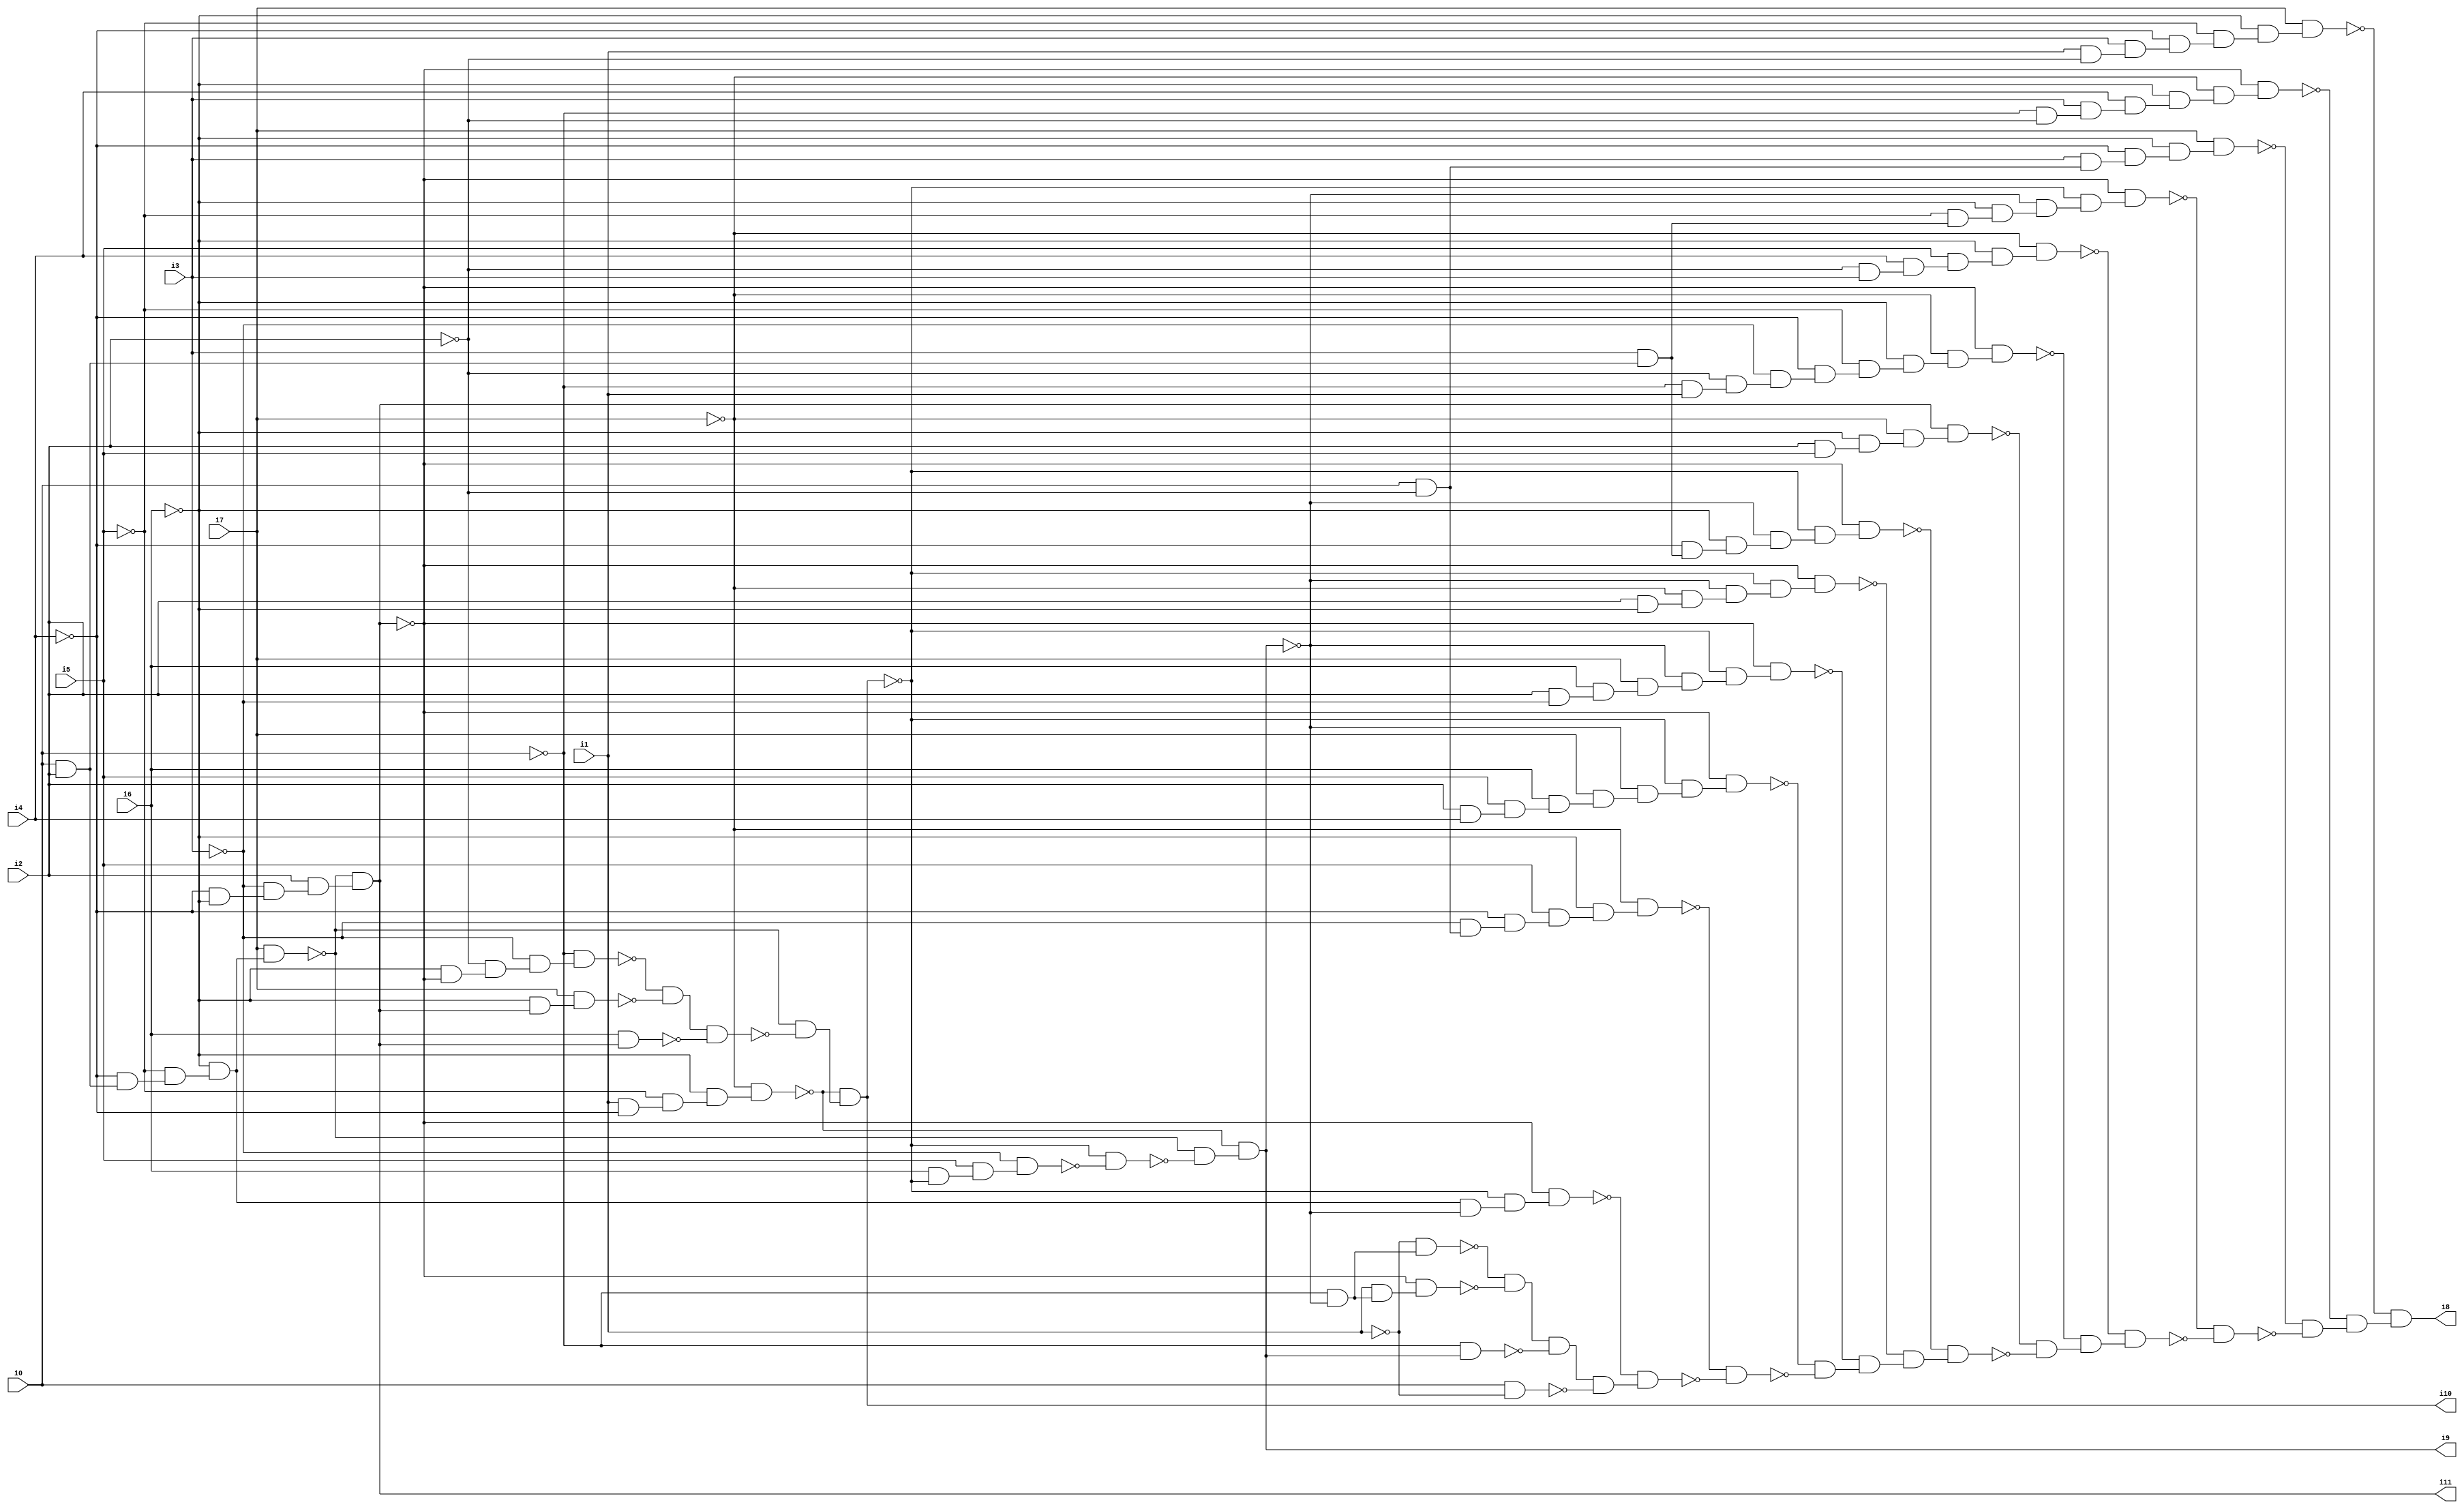
// Benchmark "SKOLEMFORMULA" written by ABC on Mon May  4 05:28:35 2020

module SKOLEMFORMULA ( 
    i0, i1, i2, i3, i4, i5, i6, i7,
    i8, i9, i10, i11  );
  input  i0, i1, i2, i3, i4, i5, i6, i7;
  output i8, i9, i10, i11;
  wire n13, n14, n15, n16, n17, n18, n19, n20, n22, n23, n24, n25, n26, n27,
    n28, n29, n30, n31, n32, n33, n34, n35, n37, n38, n39, n40, n41, n43,
    n44, n45, n46, n47, n48, n49, n50, n51, n52, n53, n54, n55, n56, n57,
    n58, n59, n60, n61, n62, n63, n64, n65, n66, n67, n68, n69, n70, n71,
    n72, n73, n74, n75, n76, n77, n78, n79, n80, n81, n82, n83, n84, n85,
    n86, n87, n88, n89, n90, n91, n92, n93, n94, n95, n96, n97, n98, n99,
    n100, n101, n102, n103, n104, n105, n106, n107, n108, n109, n110, n111,
    n112, n113, n114, n115, n116, n117, n118, n119, n120, n121, n122, n123,
    n124, n125, n126, n127, n128, n129, n130, n131, n132, n133, n134;
  assign n13 = i0 & i2;
  assign n14 = ~i4 & n13;
  assign n15 = ~i5 & n14;
  assign n16 = ~i6 & n15;
  assign n17 = i7 & n16;
  assign n18 = ~i4 & ~i6;
  assign n19 = ~i3 & n18;
  assign n20 = i2 & n19;
  assign i11 = ~n17 & n20;
  assign n22 = i1 & ~i4;
  assign n23 = ~i5 & n22;
  assign n24 = ~i6 & n23;
  assign n25 = ~i7 & n24;
  assign n26 = ~i6 & ~i11;
  assign n27 = ~i2 & n26;
  assign n28 = ~i3 & n27;
  assign n29 = ~i0 & n28;
  assign n30 = ~i6 & i11;
  assign n31 = i7 & n30;
  assign n32 = ~n29 & ~n31;
  assign n33 = i6 & i11;
  assign n34 = n32 & ~n33;
  assign n35 = ~n17 & ~n34;
  assign i10 = ~n25 & n35;
  assign n37 = i6 & ~i10;
  assign n38 = i5 & n37;
  assign n39 = ~i3 & n38;
  assign n40 = ~i10 & ~n39;
  assign n41 = ~n17 & ~n40;
  assign i9 = ~n25 & n41;
  assign n43 = n16 & ~i9;
  assign n44 = ~i10 & n43;
  assign n45 = ~i11 & n44;
  assign n46 = i0 & ~i2;
  assign n47 = ~i3 & n46;
  assign n48 = ~i4 & n47;
  assign n49 = i5 & n48;
  assign n50 = ~i6 & n49;
  assign n51 = ~i7 & n50;
  assign n52 = i2 & i4;
  assign n53 = i5 & n52;
  assign n54 = i6 & n53;
  assign n55 = i7 & n54;
  assign n56 = ~i9 & n55;
  assign n57 = ~i10 & n56;
  assign n58 = ~i11 & n57;
  assign n59 = i2 & ~i3;
  assign n60 = i6 & n59;
  assign n61 = i7 & n60;
  assign n62 = ~i9 & n61;
  assign n63 = ~i10 & n62;
  assign n64 = ~i11 & n63;
  assign n65 = i2 & ~i6;
  assign n66 = ~i7 & n65;
  assign n67 = ~i9 & n66;
  assign n68 = ~i10 & n67;
  assign n69 = ~i11 & n68;
  assign n70 = i3 & n13;
  assign n71 = ~i4 & n70;
  assign n72 = ~i6 & n71;
  assign n73 = ~i9 & n72;
  assign n74 = ~i10 & n73;
  assign n75 = ~i11 & n74;
  assign n76 = i2 & i5;
  assign n77 = ~i6 & n76;
  assign n78 = ~i7 & n77;
  assign n79 = i11 & n78;
  assign n80 = ~i0 & i1;
  assign n81 = ~i2 & n80;
  assign n82 = ~i3 & n81;
  assign n83 = ~i4 & n82;
  assign n84 = ~i5 & n83;
  assign n85 = ~i6 & n84;
  assign n86 = ~i7 & n85;
  assign n87 = ~i11 & n86;
  assign n88 = ~i2 & i3;
  assign n89 = i4 & n88;
  assign n90 = i5 & n89;
  assign n91 = ~i6 & n90;
  assign n92 = ~i7 & n91;
  assign n93 = ~i5 & n70;
  assign n94 = ~i6 & n93;
  assign n95 = ~i9 & n94;
  assign n96 = ~i10 & n95;
  assign n97 = ~i11 & n96;
  assign n98 = i3 & n46;
  assign n99 = ~i4 & n98;
  assign n100 = ~i6 & n99;
  assign n101 = i7 & n100;
  assign n102 = ~i0 & ~i2;
  assign n103 = i3 & n102;
  assign n104 = i4 & n103;
  assign n105 = ~i6 & n104;
  assign n106 = ~i7 & n105;
  assign n107 = ~i11 & n106;
  assign n108 = i1 & ~i2;
  assign n109 = i3 & n108;
  assign n110 = ~i4 & n109;
  assign n111 = ~i5 & n110;
  assign n112 = ~i6 & n111;
  assign n113 = i7 & n112;
  assign n114 = ~i0 & ~i9;
  assign n115 = ~i1 & n114;
  assign n116 = i1 & n114;
  assign n117 = ~i11 & n116;
  assign n118 = ~n115 & ~n117;
  assign n119 = ~i0 & i9;
  assign n120 = n118 & ~n119;
  assign n121 = i0 & ~i1;
  assign n122 = n120 & ~n121;
  assign n123 = ~n45 & n122;
  assign n124 = ~n51 & ~n123;
  assign n125 = ~n58 & ~n124;
  assign n126 = ~n64 & n125;
  assign n127 = ~n69 & n126;
  assign n128 = ~n75 & n127;
  assign n129 = ~n79 & ~n128;
  assign n130 = ~n87 & n129;
  assign n131 = ~n92 & n130;
  assign n132 = ~n97 & ~n131;
  assign n133 = ~n101 & ~n132;
  assign n134 = ~n107 & n133;
  assign i8 = ~n113 & n134;
endmodule